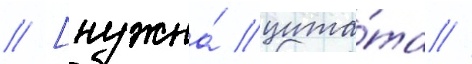
// [нужна́ цита́та //